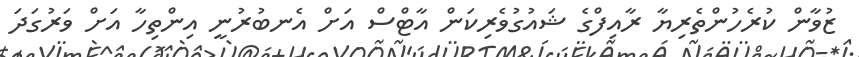
ޒުވާން ކުރެހުންތެރިޔާ ރާއިފްގެ ޝައުގުވެރިކަން އާޓްސް އަށް އެނބުރުނީ އިންތިހާ އަށް ވަރުގަދަ